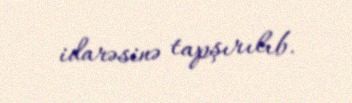
idarəsinə tapşırılıb.